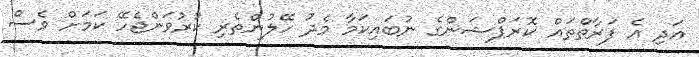
އަދި އެ ފަރާތްތައް ކޮރަޕްޝަންގެ ނުބައިކަމާ މެދު ހޭލުންތެރި ކުރުވަންޖެހޭ ކަމަށް ވެސް